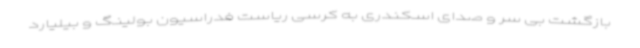
بازگشت بی سر و صدای اسکندری به کرسی ریاست فدراسیون بولینگ و بیلیارد